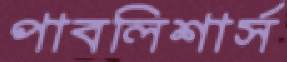
পাবলিশার্স